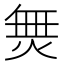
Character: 𭴿